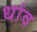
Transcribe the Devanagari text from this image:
धांव